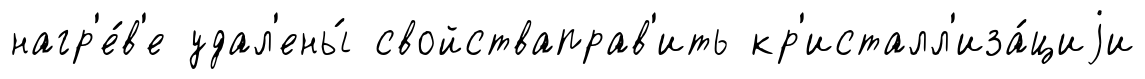
нагр'е́в'е удал'ены́ свойстваправ'ить кр'исталл'иза́циjи